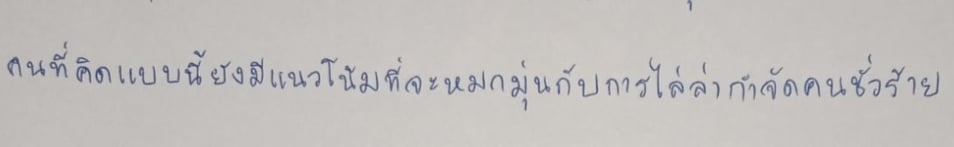
คนที่คิดแบบนี้ยังมีแนวโน้มที่จะหมกมุ่นกับการไล่ล่ากำจัดคนชั่วร้าย